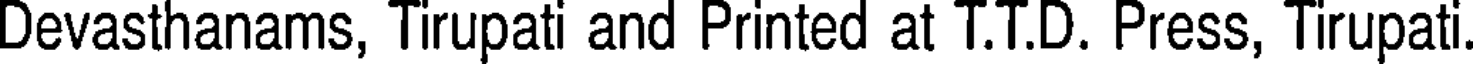
Devasthanams, Tirupati and Printed at T.T.D. Press, Tirupati